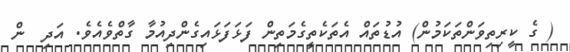
( ގެ ކީރިތިވަންތަކަމުން) އުޑުތައް އެތަކެތީގެމަތިން ފަޅަފަޅައިގެންދިއުމާ ގާތްވެއެވެ. އަދި  ން